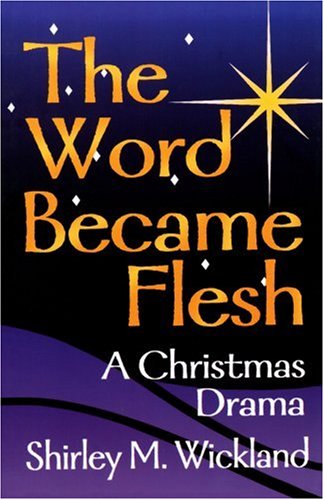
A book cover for The Word Became Flesh; Shirley M. Wickland; Literature & Fiction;